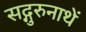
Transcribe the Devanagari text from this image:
सद्गुरुनाथें